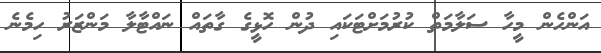
އަންހެން މީހާ ސަލާމަތް ކުރުމަށްޓަކައި ދުން ހޮޅީގެ ގާތައް ނައްޓާލާ މަންޒަރު ހިމެނެ